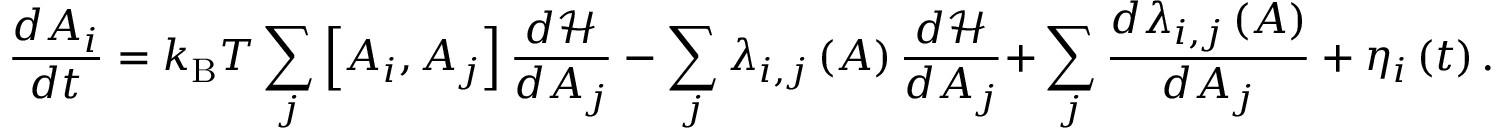
{ \frac { d A _ { i } } { d t } } = k _ { \mathrm { B } } T \sum _ { j } { \left[ { A _ { i } , A _ { j } } \right] { \frac { { d } { \mathcal { H } } } { d A _ { j } } } } - \sum _ { j } { \lambda _ { i , j } \left( A \right) { \frac { d { \mathcal { H } } } { d A _ { j } } } + } \sum _ { j } { \frac { d { \lambda _ { i , j } \left( A \right) } } { d A _ { j } } } + \eta _ { i } \left( t \right) .